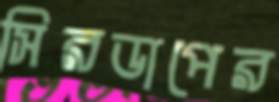
সিরডাপের